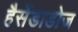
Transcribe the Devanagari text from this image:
हैसेंडाडोज